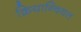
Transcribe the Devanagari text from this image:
क्रियान्वियत